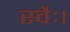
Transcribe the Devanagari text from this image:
स्वैः।